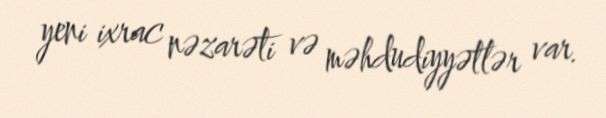
yeni ixrac nəzarəti və məhdudiyyətlər var.